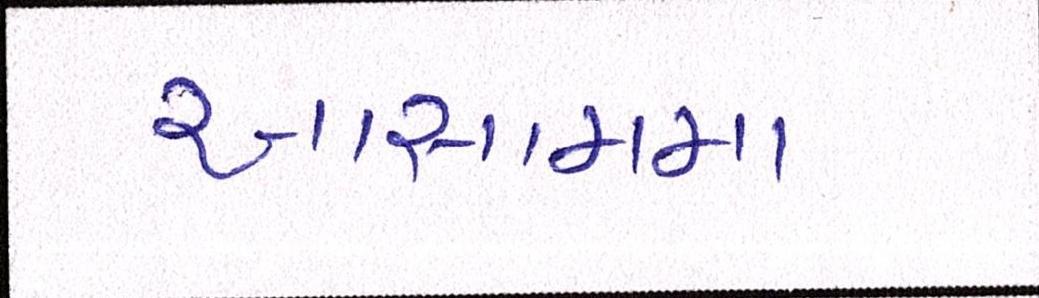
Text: આસામમા